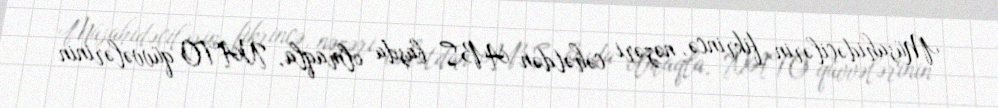
Müşahidəçilərin fikrincə, nəzəri cəhətdən ABŞ başda olmaqla, NATO qüvvələrinin